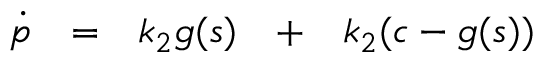
\begin{array} { r c c c c c l } { \dot { p } } & { = } & { k _ { 2 } g ( s ) } & { + } & { k _ { 2 } ( c - g ( s ) ) } & { } & { } \end{array}